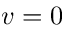
v = 0